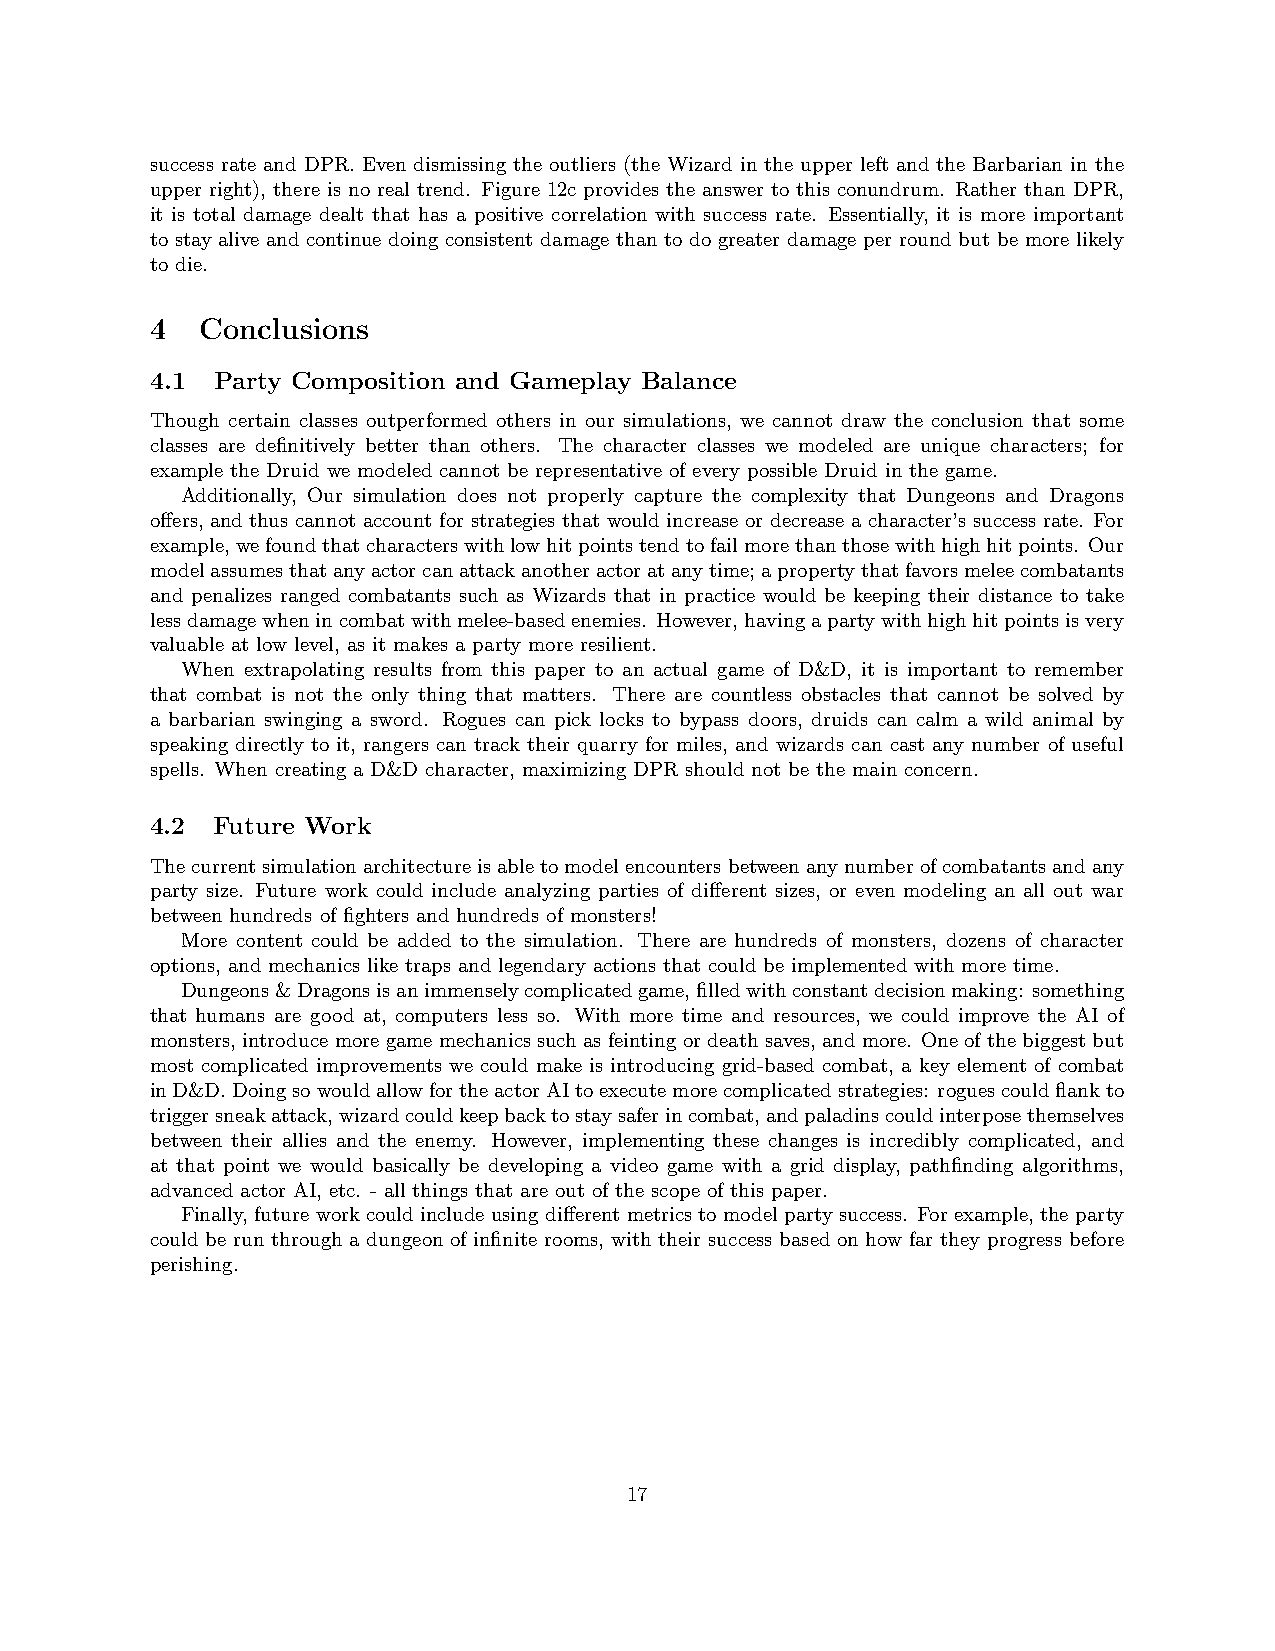
success rate and DPR. Even dismissing the outliers (the Wizard in the upper left and the Barbarian in the
 upper right), there is no real trend. Figure 12c provides the answer to this conundrum. Rather than DPR,
 it is total damage dealt that has a positive correlation with success rate. Essentially, it is more important
 to stay alive and continue doing consistent damage than to do greater damage per round but be more likely
 to die.
 4  Conclusions
 4.1 Party Composition and Gameplay Balance
 Though certain classes outperformed others in our simulations, we cannot draw the conclusion that some
 classes are definitively better than others. The character classes we modeled are unique characters; for
 example the Druid we modeled cannot be representative of every possible Druid in the game.
 Additionally, Our simulation does not properly capture the complexity that Dungeons and Dragons
 offers, and thus cannot account for strategies that would increase or decrease a character’s success rate. For
 example,wefoundthatcharacterswithlowhitpointstendtofailmorethanthosewithhighhitpoints. Our
 modelassumesthatanyactorcanattackanotheractoratanytime;apropertythatfavorsmeleecombatants
 and penalizes ranged combatants such as Wizards that in practice would be keeping their distance to take
 lessdamagewhenincombatwithmelee-basedenemies. However,havingapartywithhighhitpointsisvery
 valuable at low level, as it makes a party more resilient.
 When extrapolating results from this paper to an actual game of D&D, it is important to remember
 that combat is not the only thing that matters. There are countless obstacles that cannot be solved by
 a barbarian swinging a sword. Rogues can pick locks to bypass doors, druids can calm a wild animal by
 speaking directly to it, rangers can track their quarry for miles, and wizards can cast any number of useful
 spells. When creating a D&D character, maximizing DPR should not be the main concern.
 4.2 Future Work
 Thecurrentsimulationarchitectureisabletomodelencountersbetweenanynumberofcombatantsandany
 party size. Future work could include analyzing parties of different sizes, or even modeling an all out war
 between hundreds of fighters and hundreds of monsters!
 More content could be added to the simulation. There are hundreds of monsters, dozens of character
 options, and mechanics like traps and legendary actions that could be implemented with more time.
 Dungeons&Dragonsisanimmenselycomplicatedgame,filledwithconstantdecisionmaking: something
 that humans are good at, computers less so. With more time and resources, we could improve the AI of
 monsters, introduce more game mechanics such as feinting or death saves, and more. One of the biggest but
 most complicated improvements we could make is introducing grid-based combat, a key element of combat
 inD&D.DoingsowouldallowfortheactorAItoexecutemorecomplicatedstrategies: roguescouldflankto
 triggersneakattack,wizardcouldkeepbacktostaysaferincombat,andpaladinscouldinterposethemselves
 between their allies and the enemy. However, implementing these changes is incredibly complicated, and
 at that point we would basically be developing a video game with a grid display, pathfinding algorithms,
 advanced actor AI, etc. - all things that are out of the scope of this paper.
 Finally, future work could include using different metrics to model party success. For example, the party
 could be run through a dungeon of infinite rooms, with their success based on how far they progress before
 perishing.
 17